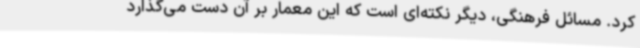
کرد. مسائل فرهنگی، دیگر نکته‌ای است که این معمار بر آن دست می‌گذارد